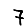
Digit: 7